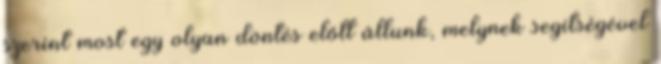
szerint most egy olyan döntés előtt állunk, melynek segítségével